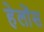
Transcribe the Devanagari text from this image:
हेलोंस